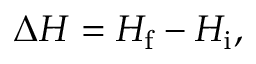
\Delta H = H _ { \mathrm { f } } - H _ { \mathrm { i } } ,